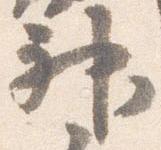
神